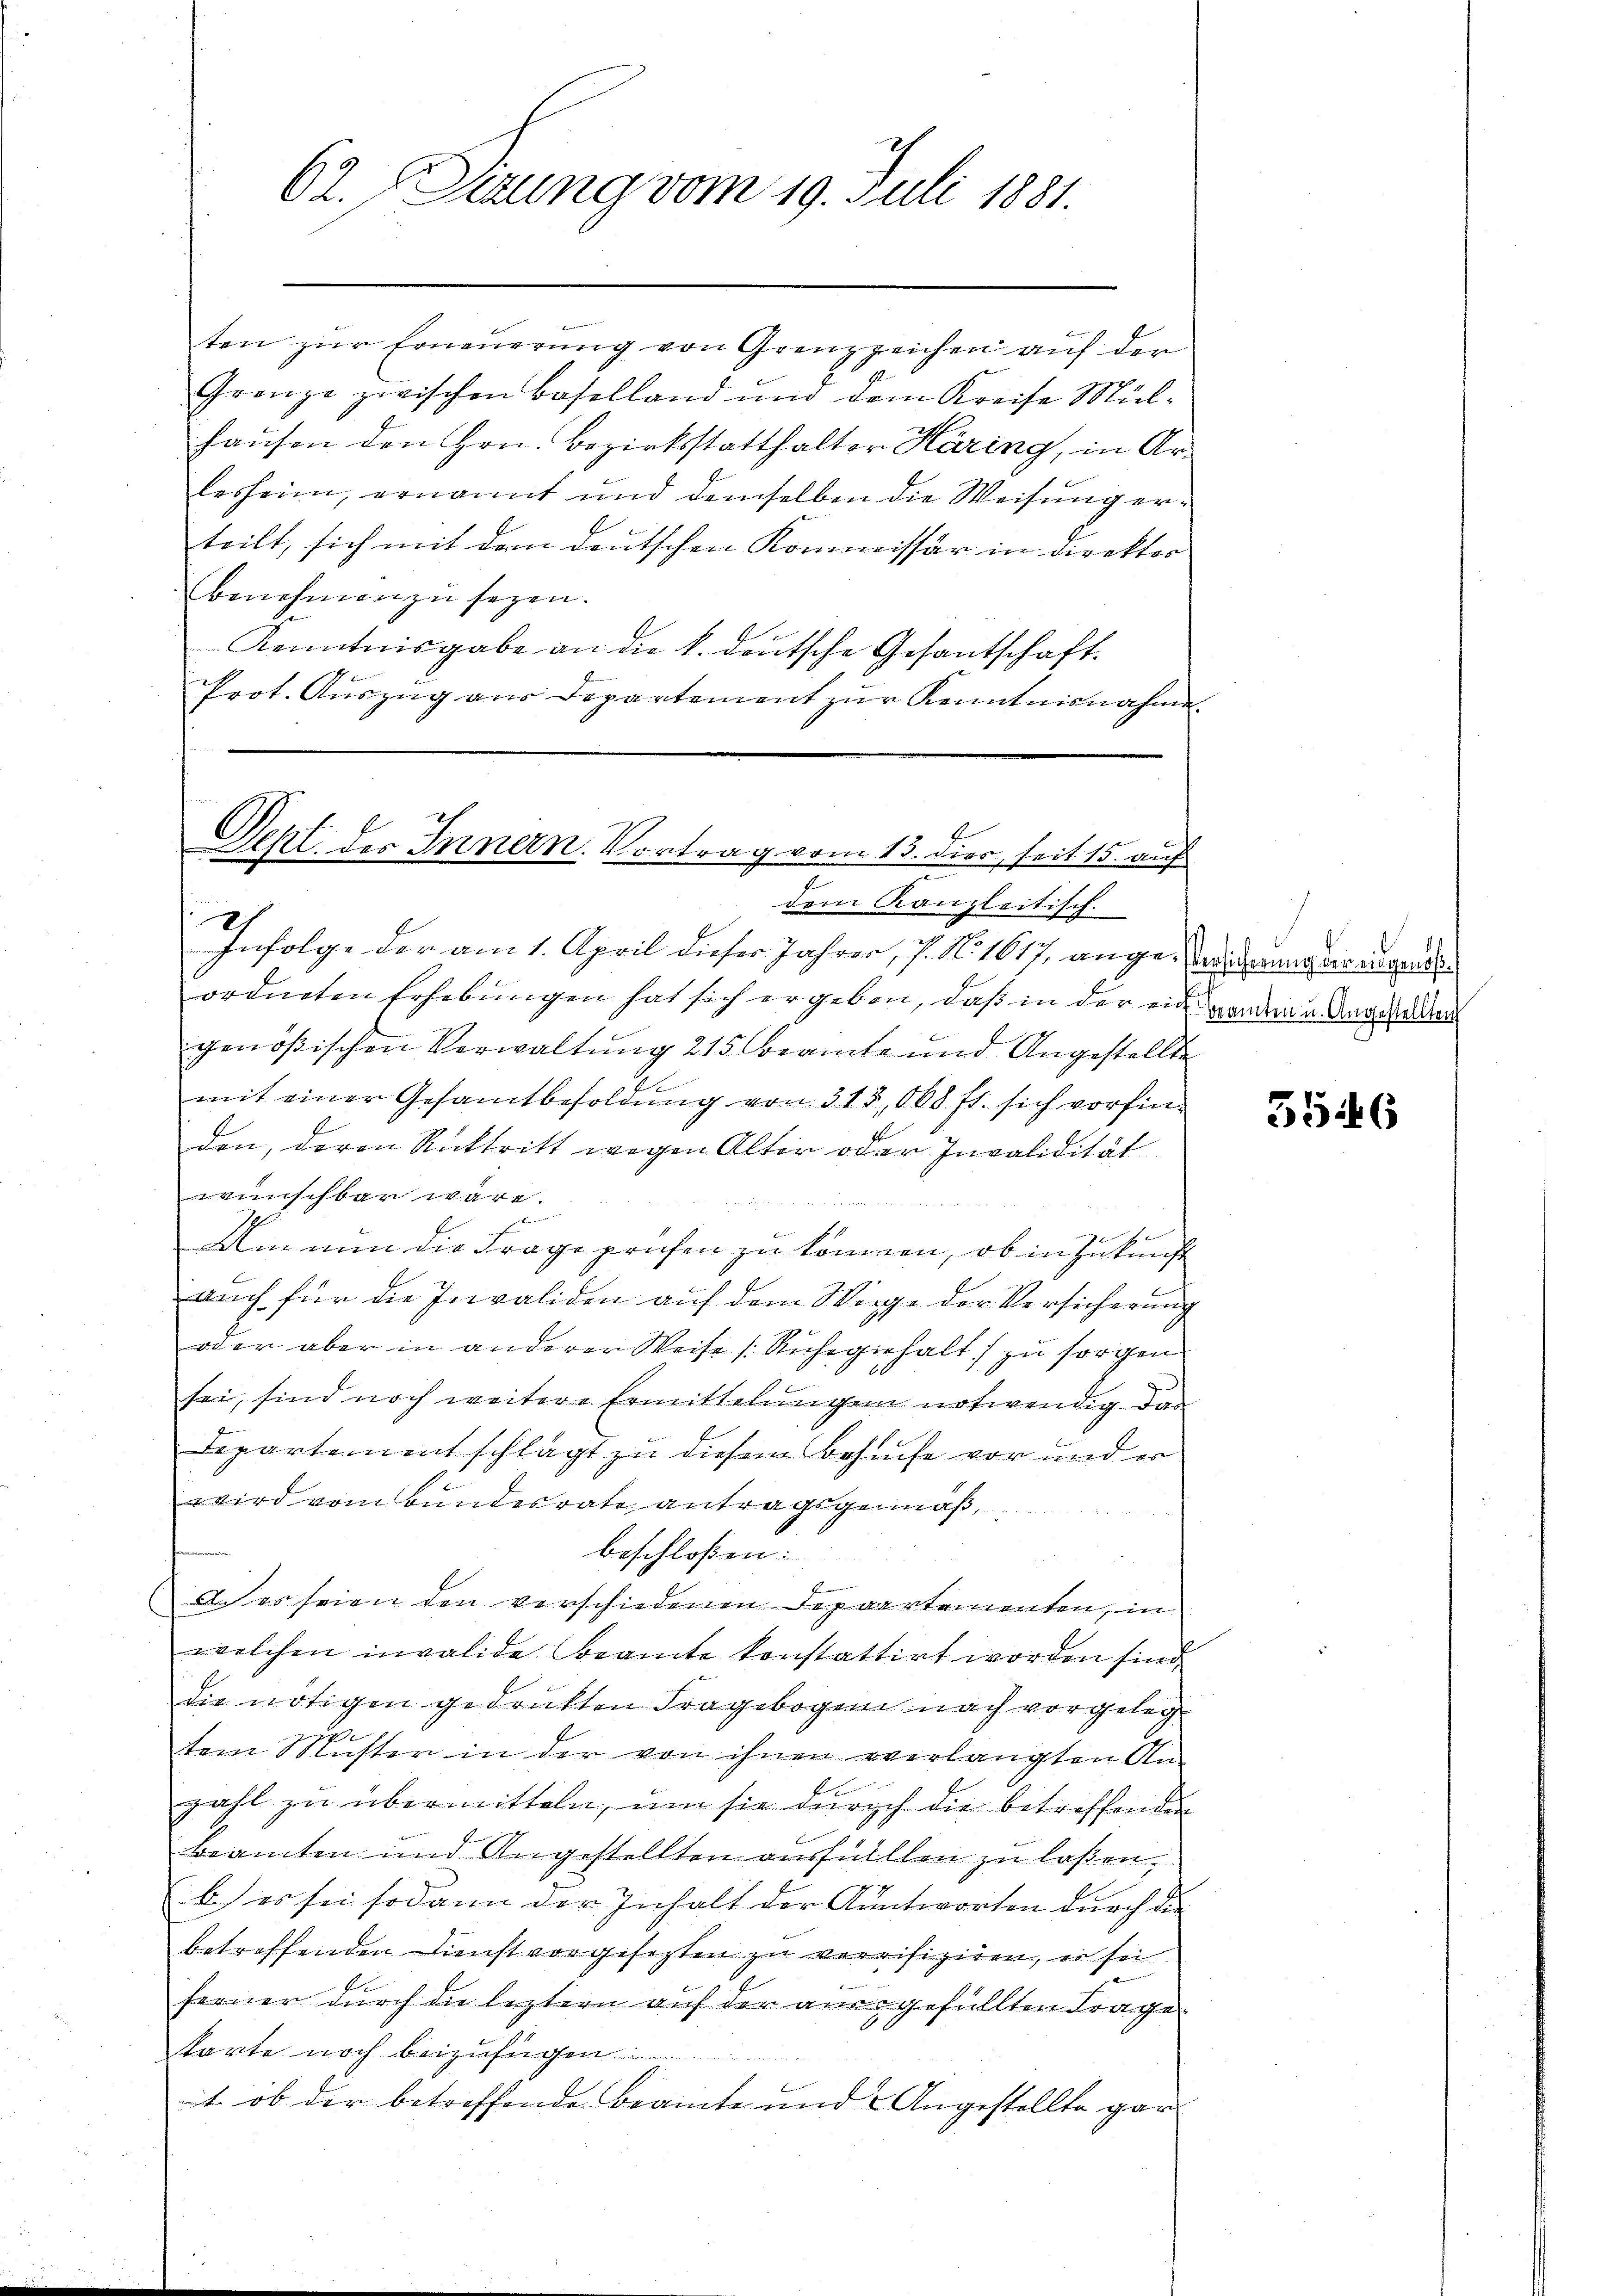
62. Sizung vom 19. Juli 1881.

ten zur Erneuerung von Grenzzeichen auf der
Franze zwischen Baselland und dem Kreise Mülhausen den Hrn. Bezirksstatthalter Häring, in Arlesheim, ernannt und demselben die Weisung erteilt, sich mit dem deutschen Kommissär in Direktor
Benehmen zu sezen.
Kenntnisgabe an die k. deutsche Gesantschaft.
Prot. Auszug aus Departement zur Kenntnisnahme

E
Seht des Innern. Vortrag vom 13. dies, seit 15. auf

dem Kanzleitisch.
Infolge der am 1. April dieser Jahren, s. No. 1617. angenderung der angel
ordneten Erhebungen hat sich ergeben, daß in der ein andern Angehen
genössischen Verwaltung 215 Beamte und Angestellte
mit einer Gesamtbesoldung von 315,000 fl. sich vorfinden, deren Rücktritt wegen Alter oder Invalidität
wünschbar wäre.
B

f
Um nun die Frage prüfen zu kommen, ob in Zukunft
auch für die Invaliden auf dem Morge der Versicherung
oder aber in anderer Weise Ruhegehalt zu sorgen
sei, sind noch weitere Ermittelungen notwendig. Das
Departementschlägt zu diesem Behufe vor und er
wird vom Bundesrate antragsgemäß,
beschlossen:
 es seien den verschiedenen Departementen, in
welchen invalide Beamte konstattirt worden sind,
die nötigen gedrukten Fragebogen nach vorgeleg
.
tem Schlüster in der von ihnen verlangten An-
zahl zu übermitteln, um sie durch die betreffenden
beamten und Angestellten ausfüllen zu laßen.
b. es sei sodann der Inhalt der Antworten durch die
betreffenden Dienst vorgesezten zu verrifiziren, es sei
ferner durch die leztern auf der anergefüllten Frage
n
tarte noch beizufügen.
it ob der betreffende Beamte und Angestellte gan

3546